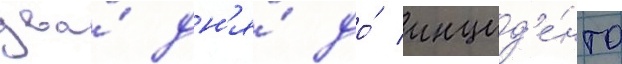
два́ дн'я́ до́ инцид'е́нта